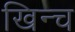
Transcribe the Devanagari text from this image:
खिन्च